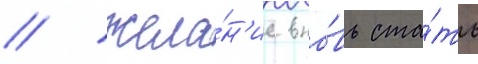
/ жела́н'ие вно́вь ста́ть